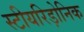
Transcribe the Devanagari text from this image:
स्टीयरिड़ोनिक